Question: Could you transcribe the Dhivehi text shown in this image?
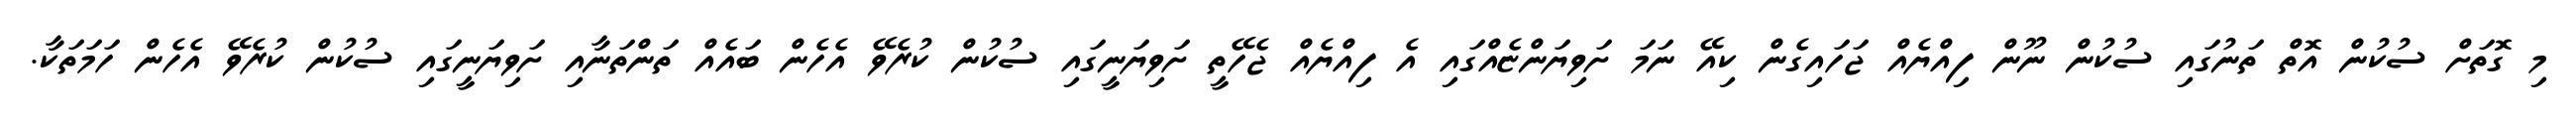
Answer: މި ގޮތަށް ސުކުން އޮތް ތަނުގައި ސުކުން ނޫން ފިއްޔެއް ޖަހައިގެން ކިއޭ ނަމަ ށަވިޔަންޏެއްގައި އެ ފިއްޔެއް ޖެހޭތީ ށަވިޔަނީގައި ސުކުން ކުރެވޭ އެހެން ބައެއް ތަންތަނާއި ށަވިޔަނީގައި ސުކުން ކުރެވޭ އެހެން ހަމަތަކާ.